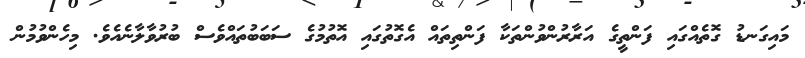
މައިގަނޑު ގޮތެއްގައި ފަންތީގެ އަރާރުންވުންތަކާ ފަންތިތައް އެގޮތުގައި އޮތުމުގެ ސަބަބުތައްވެސް ބުރުވާލާނެއެވެ. މިހެންވުމުން